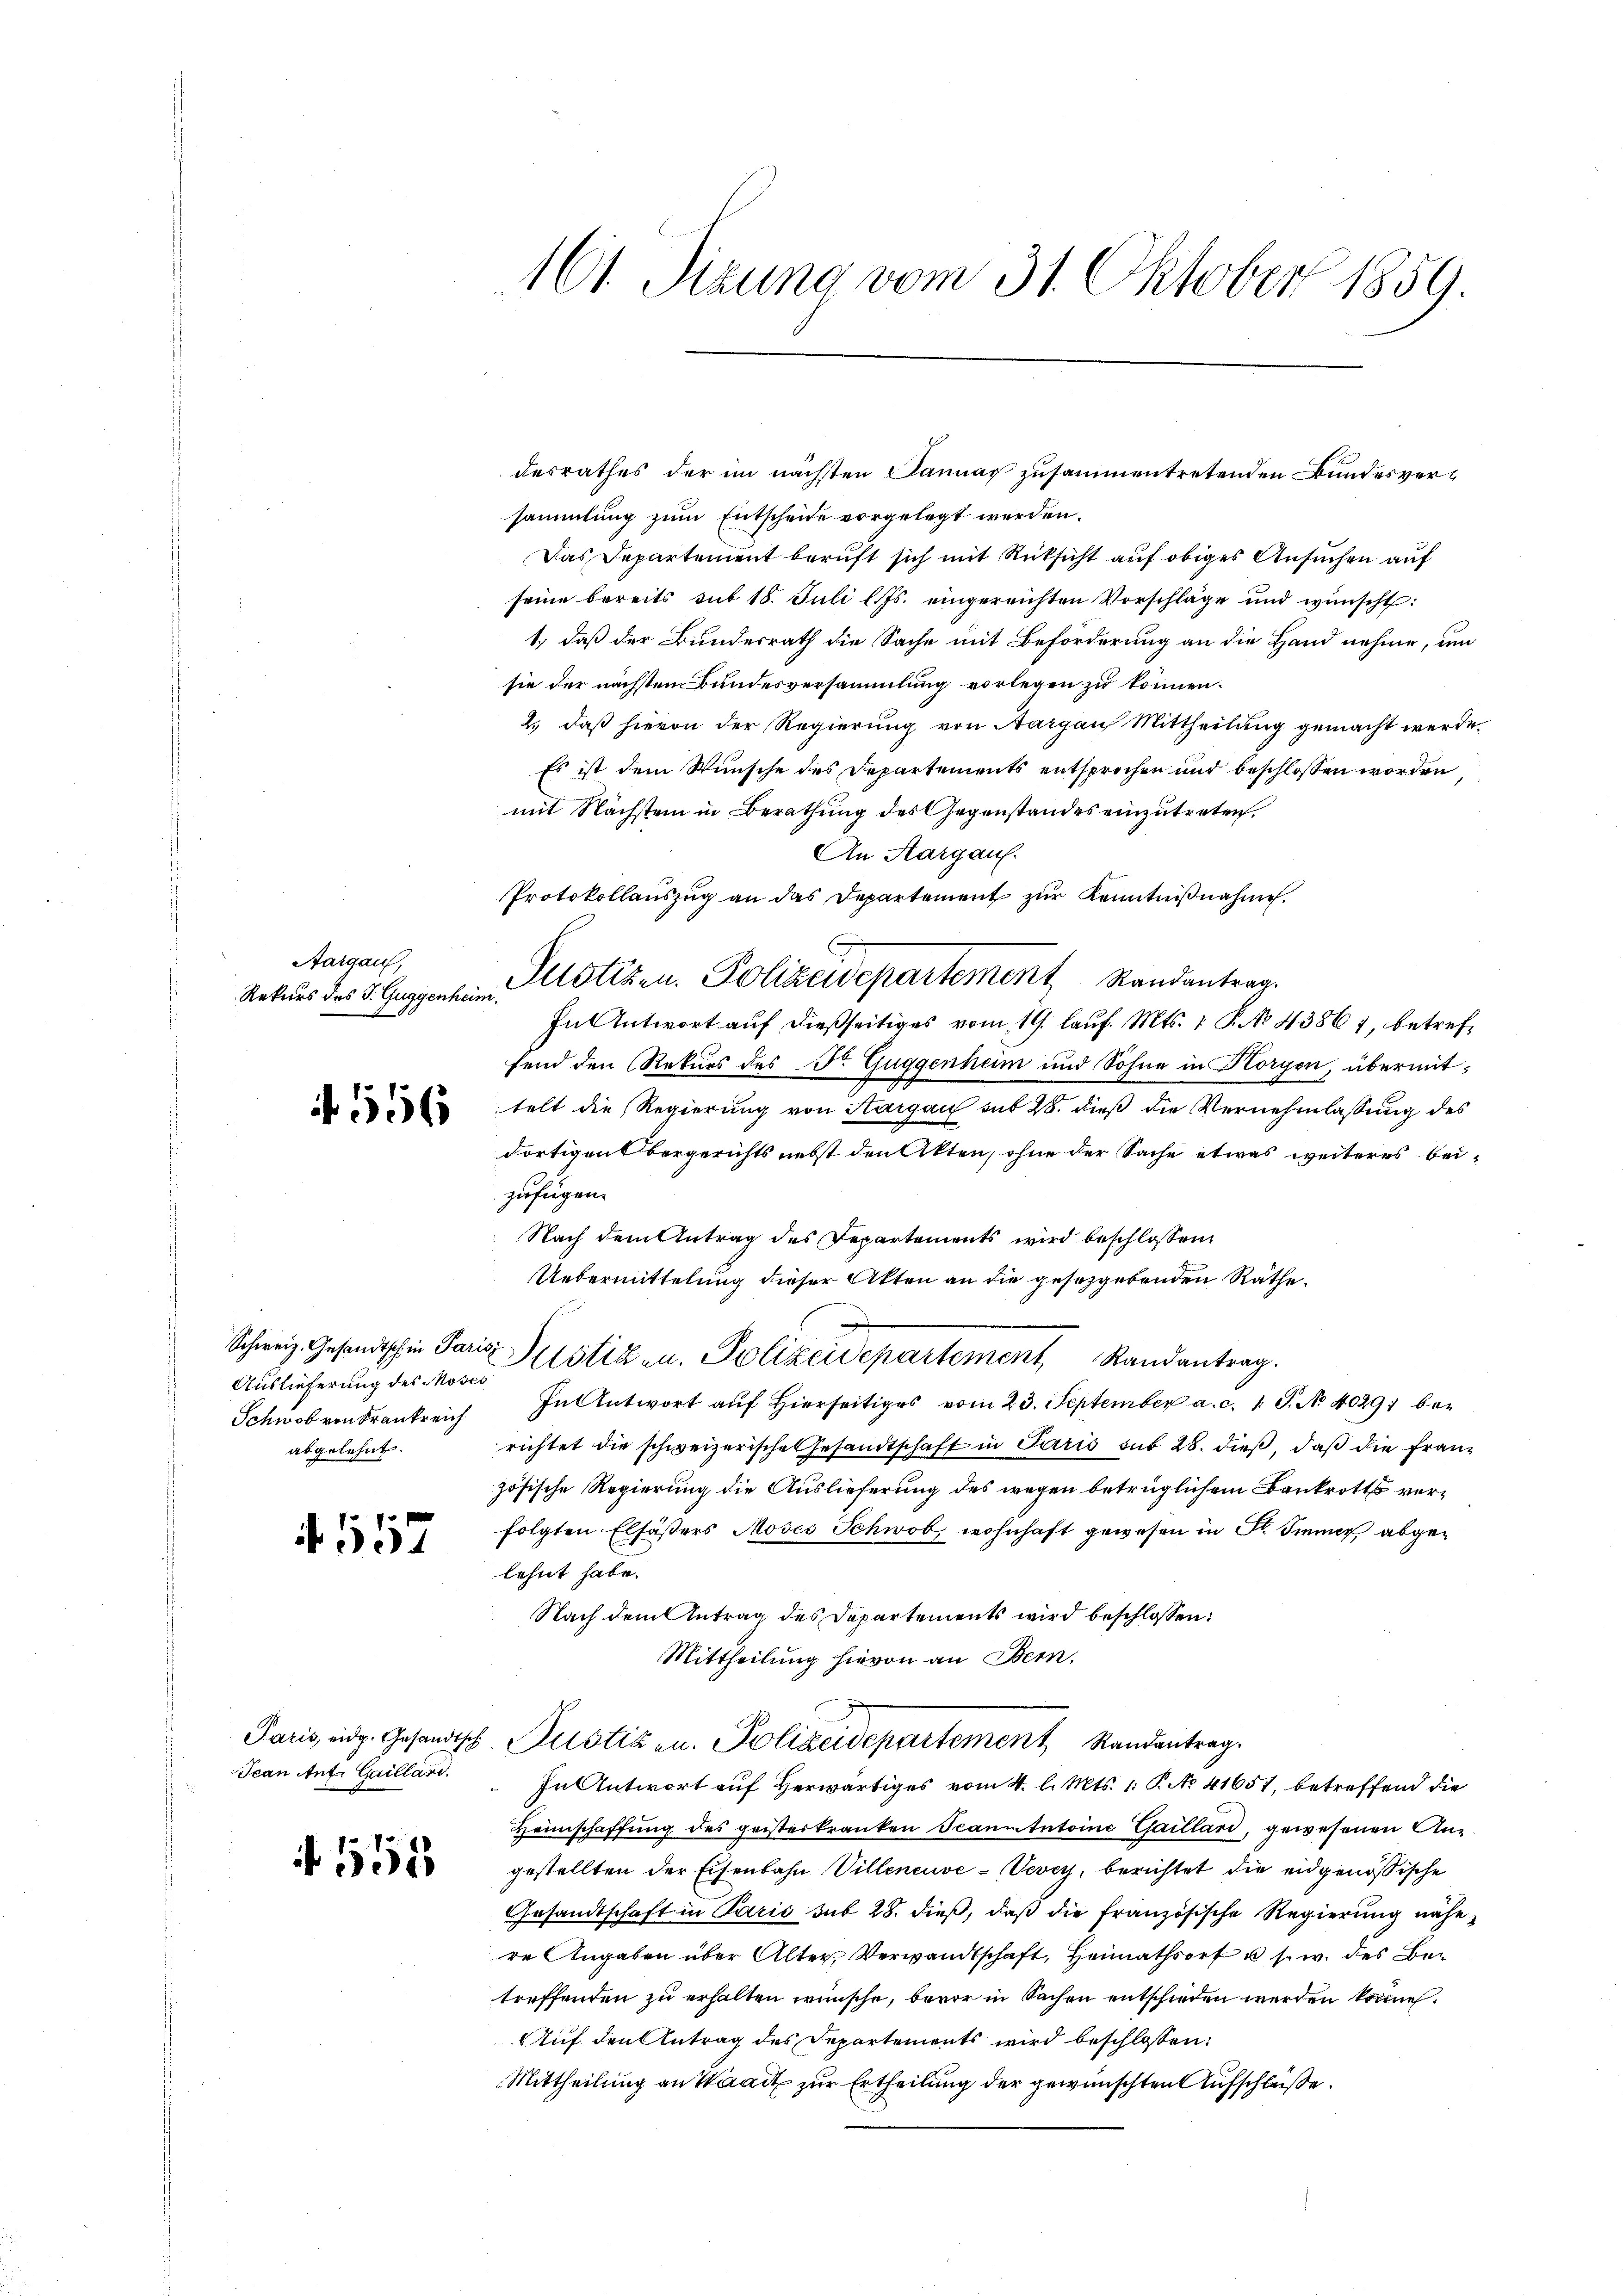
Aargau,
Rekurs des J. Guggenheim.

556

Auslieferung des Moses
Schwob von Frankreich
abgelehnt.

A. 557

Jean Ant. Gaillard.

152

161. Sizung vom 31. Oktober 1859.

sammlung zum Entscheide vorgelegt werden.
Das Departement beruft sich mit Rücksicht auf obiges Ansuchen auf
seine bereits sub 18. Juli l. Js. eingereichten Vorschläge und wünscht:
1., daß der Bundesrath die Sache mit Beförderung an die Hand nehme, um
sie der nächsten Bundesversammlung vorlegen zu können.
2. daß hievon der Regierung von Aargau Mittheilung gemacht werde.
Es ist dem Wunsche des Departements entsprochen und beschlossen worden,
mit Nächstein in Berathung des Gegenstandes einzutreten.
An Aargau.
Protokollauszug an das Departement zur Kenntnißnahme.
F
Fn Antwort auf dießseitiges vom 19. lauf. Mts. 1 P. No 43861, betreffend den Rekurs des Dr. Guggenhum und Sohne in Horgen, übermittelt die Regierung von Aargau mit 28. dieß die Vernehmlassung des
dortigen Bergerichts nebst den Akten, ohne der Sache etwas weiteres beizufügen.
Nach dem Antrag des Departements wird beschlossen
Uebermittelung dieser Alten an die gesezgebenden Räthe.
Schweiz. Gesandtschen Paris Mustiz u. Polizeidepartement Randantrag.
In Antwort auf Hierseitiges vom 23. September a. c. 1 S. No 4029) berichtet die schweizerische Gesandtschaft in Paris sub 28. dieß, daß die Französische Regierung die Auslieferung des wegen betrüglichem Bankrotts verfolgten Elsässers Moses Schwob, wohnhaft gewesen in Al. Immer, abgelehnt habe.
Nach dem Antrag des Departements wird beschlossen:
Mittheilung hievon an Bern,
Paris eidg. Gesandtsch-Pustiz u. Polizeidepartement Randantrag
In Antwort auf Herwärtiges vom 4. l. Mts. 1. P. No 41651, betreffend die
Heimschaffung des geisterkranken Scanutntoine Gaillard, gewesenen Angestellten der Eisenbahn Villeneuve-Vevey, berichtet die eidgenössische
Gesandtschaft in Paris sub 28. dieß, daß die französische Regierung nähere Angaben über Alter, Verwandtschaft, Heimathsorf u. s. w. des Betreffenden zu erhalten wünsche, bevor in Sachen entschieden werden könne.
AAuf den Antrag des Departements wird beschlossen:
Mittheilung an Waadt zur Ertheilung der gewünschten Aufschlüße.

desrathes der im nächsten annar zusammentretenden Bundesver¬

Justizen. Polizeidepartement Randantrag